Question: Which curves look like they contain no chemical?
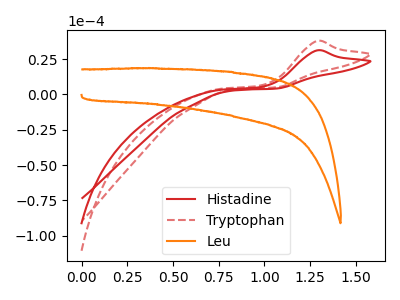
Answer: <think>The red curve "Histadine" has an anodic peak at: (1.30V, 31.20uA). The red dashed curve "Tryptophan" has an anodic peak at: (1.30V, 37.90uA). The orange curve "Leu" has no peaks.</think>
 <answer>"Leu" is likely to be a blank.</answer>
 <eval>Leu</eval>